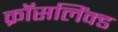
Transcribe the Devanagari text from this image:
क्रॉसलिंक्ड